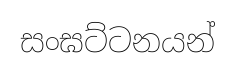
සංඝට්ටනයන්